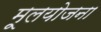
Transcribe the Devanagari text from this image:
मूलयोजना